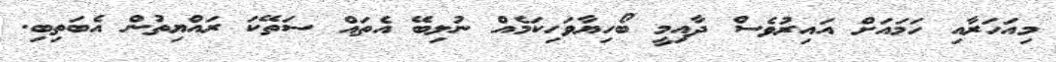
މިއަހަރާއި ހަމައަށް އައިރުވެސް ދާއިމީ ބޯހިޔާވަހިކަމެއް ނުލިބޭ އެތައް ސަތޭކަ ރައްޔިތުން އެބަތިބި.